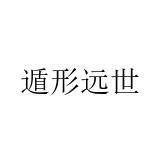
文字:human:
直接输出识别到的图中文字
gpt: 遁形远世